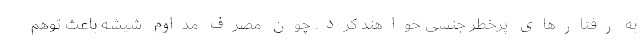
به رفتارهای پرخطر جنسی خواهند کرد. چون مصرف مداوم شیشه باعث توهم